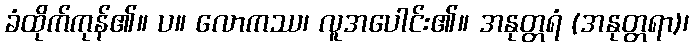
ခံထိုက်ကုန်၏။ ပ။ လောကဿ၊ လူအပေါင်း၏။ အနုတ္တရံ (အနုတ္တရာ)၊